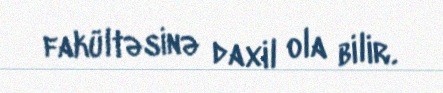
fakültəsinə daxil ola bilir.